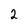
Character: 2